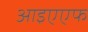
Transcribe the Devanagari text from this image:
आइएएफ